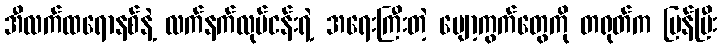
အီလက်ထရောနစ်နဲ့ လက်နက်လုပ်ငန်းရဲ့ အရေးကြီးတဲ့ ပျော့ကွက်တွေကို တရုတ်က ပြန်ပြီး